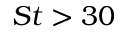
S t > 3 0